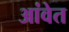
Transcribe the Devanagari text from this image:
आंवेत